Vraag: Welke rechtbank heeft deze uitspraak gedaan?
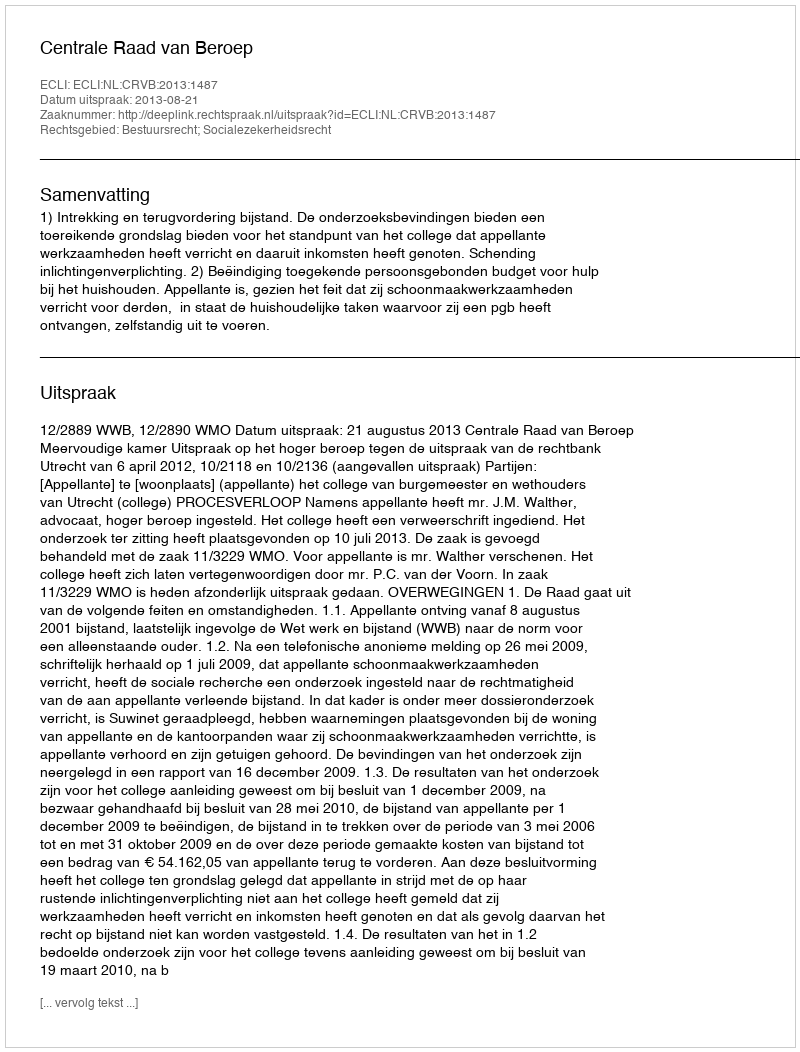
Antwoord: Centrale Raad van Beroep